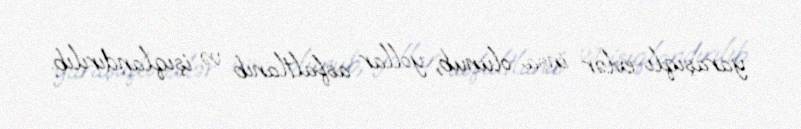
yaraşıqlı evlər inşa olunub, yollar asfaltlanıb və işıqlandırılıb.